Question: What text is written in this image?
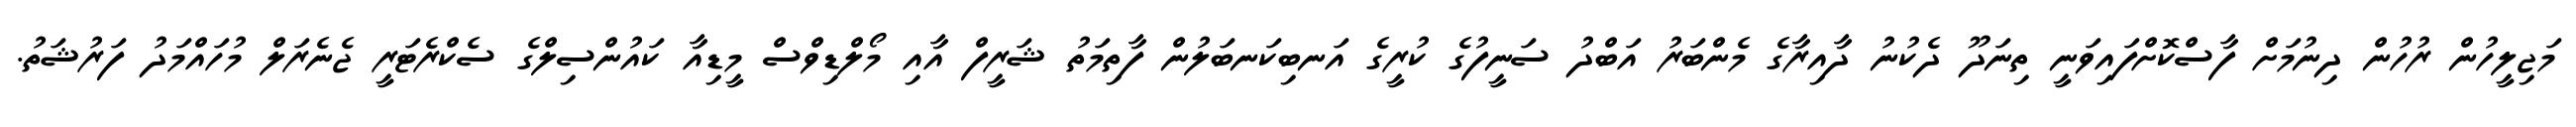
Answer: މަޖިލީހުން ރުހުން ދިނުމަށް ފާސްކޮށްފައިވަނީ ތިނަދޫ ދެކުނު ދާއިރާގެ މެންބަރު އަބްދު ސަނީފުގެ ކުރީގެ އަނބިކަނބަލުން ފާތިމަތު ޝަރީފް އާއި މޯލްޑިވްސް މީޑިއާ ކައުންސިލްގެ ސެކްރެޓަރީ ޖެނެރަލް މުހައްމަދު ފަރުޝަތު.